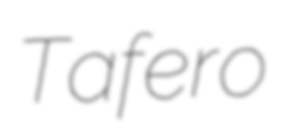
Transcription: Tafero